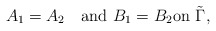
\begin{align*}A_1=A_2\quad\mbox{and}\,\, B_1=B_2\mbox{on} \,\,\tilde \Gamma,\end{align*}